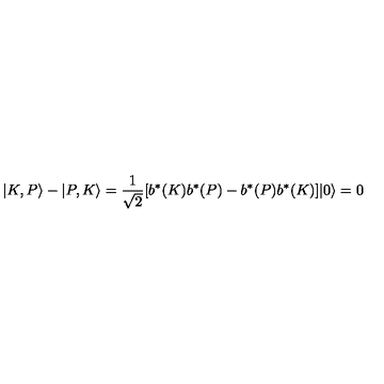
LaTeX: | K , P \rangle - | P , K \rangle = { \frac { 1 } { \sqrt { 2 } } } [ b ^ { \ast } ( K ) b ^ { \ast } ( P ) - b ^ { \ast } ( P ) b ^ { \ast } ( K ) ] | 0 \rangle = 0